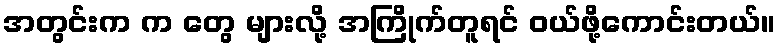
အတွင်းက က တွေ များလို့ အကြိုက်တူရင် ဝယ်ဖို့ကောင်းတယ်။